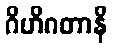
ဂိဟိဂတာနိ